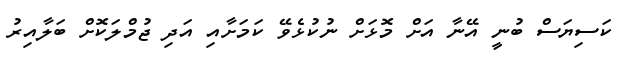
ކަސިޔަސް ބުނީ އޭނާ އަށް މޮޅަށް ނުކުޅެވޭ ކަމަށާއި އަދި ޖުމްލަކޮށް ބަލާއިރު